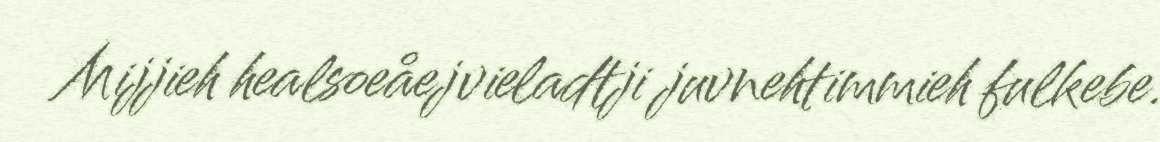
Mijjieh healsoeåejvieladtji juvnehtimmieh fulkebe.